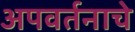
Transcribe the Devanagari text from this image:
अपवर्तनाचे